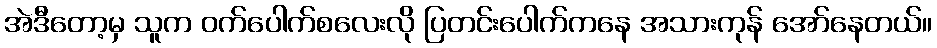
အဲဒီတော့မှ သူက ဝက်ပေါက်စလေးလို ပြတင်းပေါက်ကနေ အသားကုန် အော်နေတယ်။